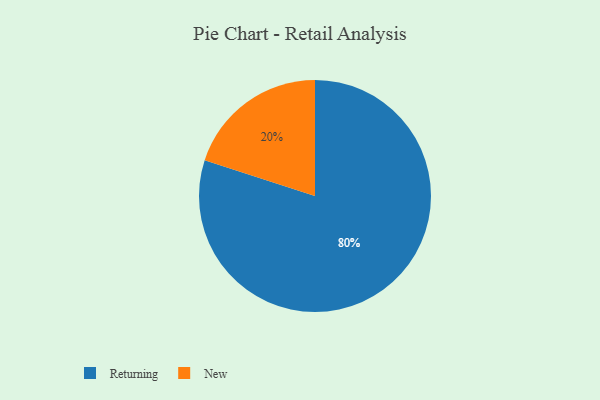
{"axis": {"x": "Category", "y": "Percentage"}, "legend": ["New", "Returning"], "data": [{"x": "New", "y": 20, "type": "New"}, {"x": "Returning", "y": 80, "type": "Returning"}]}